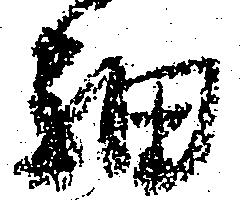
細